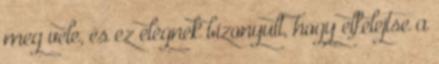
meg vele, és ez elégnek bizonyult, hogy elfelejtse a